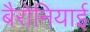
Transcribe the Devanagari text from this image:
बैरोनियाई